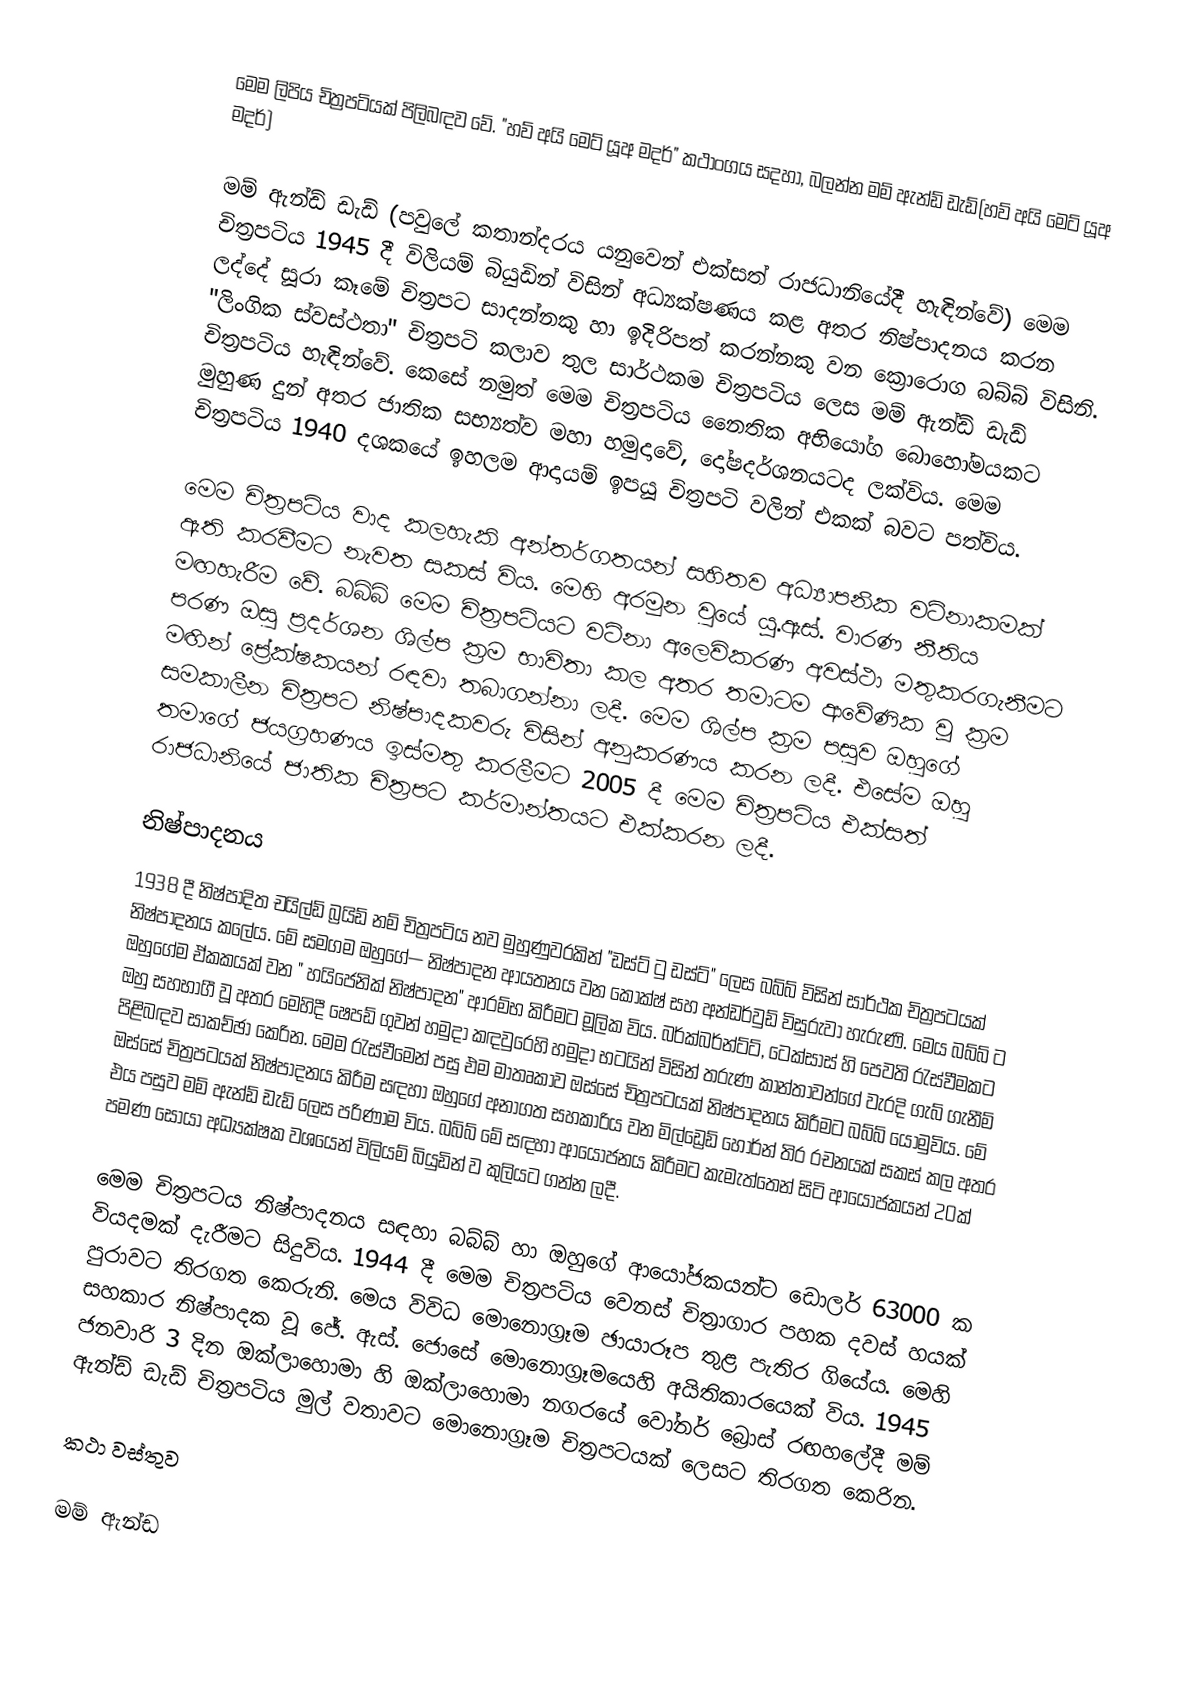
මෙම ලිපිය චිත්‍රපටියක් පිලිබඳව වේ. "හව් අයි මෙට් යූඅ මදර්" කථාංගය සදහා, බලන්න මම් ඇන්ඩ් ඩැඩ්(හව් අයි මෙට් යූඅ මදර්)

මම් ඇන්ඩ් ඩැඩ් (පවුලේ කතාන්දරය  යනුවෙන් එක්සත් රාජධානියේදී හැඳින්වේ) මෙම චිත්‍රපටිය 1945 දී  විලියම් බියුඩින් විසින් අධ්‍යක්ෂණය කළ අතර නිෂ්පාදනය කරන ලද්දේ  සූරා කෑමේ චිත්‍රපට සාදන්නකු හා ඉදිරිපත් කරන්නකු වන ක්‍රොරොග බබ්බ් විසිනි. "ලිංගික ස්වස්ථතා" චිත්‍රපටි කලාව තුල සාර්ථකම චිත්‍රපටිය ලෙස මම් ඇන්ඩ් ඩැඩ් චිත්‍රපටිය හැඳින්වේ. කෙසේ නමුත් මෙම චිත්‍රපටිය නෛතික අභියෝග බොහෝමයකට මුහුණ දුන් අතර ජාතික සභ්‍යත්ව මහා හමුදාවේ,  දෝෂදර්ශනයටද ලක්විය. මෙම චිත්‍රපටිය 1940 දශකයේ ඉහලම ආදායම් ඉපයූ චිත්‍රපටි වලින් එකක් බවට පත්විය.

මෙම චිත්‍රපටිය වාද කලහැකි අන්තර්ගතයන් සහිතව අධ්‍යාපනික වටිනාකමක් ඇති කරවීමට 	නැවත සකස් විය. මෙහි අරමුන වුයේ යූ.ඇස්. වාරණ නීතිය මඟහැරීම වේ. බබ්බ් මෙම චිත්‍රපටියට වටිනා අලෙවිකරණ අවස්ථා මතුකරගැනීමට පරණ ඔසු ප්‍රදර්ශන ශිල්ප ක්‍රම භාවිතා කල අතර තමාටම ආවේණික වූ ක්‍රම මඟින් ප්‍රේක්ෂකයන් රඳවා තබාගන්නා ලදී. මෙම ශිල්ප ක්‍රම පසුව ඔහුගේ සමකාලීන චිත්‍රපට නිෂ්පාදකවරු විසින් අනුකරණය කරන ලදී. එසේම ඔහු තමාගේ ජයග්‍රහණය ඉස්මතු කරලීමට 2005 දී මෙම චිත්‍රපටිය එක්සත් රාජධානියේ ජාතික චිත්‍රපට කර්මාන්තයට එක්කරන ලදී.

නිෂ්පාදනය
1938 දී නිෂ්පාදිත චයිල්ඩ් බ්‍රයිඩ් නම් චිත්‍රපටිය නව මුහුණුවරකින් "ඩස්ට් ටු ඩස්ට්" ලෙස බබ්බ් විසින් සාර්ථක චිත්‍රපටයක් නිෂ්පාදනය කලේය. මේ සමගම ඔහුගේ— නිෂ්පාදන ආයතනය වන කොක්ෂ් සහ අන්ඩර්වුඩ් විසුරුවා හැරුණි. මෙය බබ්බ් ට ඔහුගේම ඒකකයක් වන " හයිජෙනික් නිෂ්පාදන"  ආරම්භ කිරීමට මූලික විය. බර්ක්බර්න්ට්ට්, ටෙක්සාස් හි පෙවති රැස්වීමකට ඔහු සහභාගී වූ අතර මෙහිදී ෂෙපඩ් ගුවන් හමුදා කඳවුරෙහි හමුදා භටයින් විසින් තරුණ කාන්තාවන්ගේ වැරදි ගැබ් ගැනීම් පිළිබඳව සාකච්ඡා කෙරින. මෙම රැස්වීමෙන් පසු එම මාතෘකාව   ඔස්සේ චිත්‍රපටයක් නිෂ්පාදනය කිරීමට බබ්බ් යොමුවිය. මේ ඔස්සේ චිත්‍රපටයක් නිෂ්පාදනය කිරීම සඳහා ඔහුගේ අනාගත සහකාරිය වන මිල්ඩ්‍රෙඩ් හෝර්න් තිර රචනයක් සකස් කල අතර එය පසුව මම් ඇන්ඩ් ඩැඩ් ලෙස පරිණාම විය. බබ්බ් මේ සඳහා ආයෝජනය කිරීමට කැමැත්තෙන් සිටි ආයෝජකයන් 20ක් පමණ සොයා අධ්‍යක්ෂක  වශයෙන් විලියම් බියුඩින් ව කුලියට ගන්න ලදී.

මෙම චිත්‍රපටය නිෂ්පාදනය සඳහා බබ්බ් හා ඔහුගේ ආයෝජකයන්ට ඩොලර් 63000  ක වියදමක් දැරීමට සිදුවිය. 1944 දී  මෙම චිත්‍රපටිය වෙනස් චිත්‍රාගාර පහක දවස් හයක් පුරාවට තිරගත කෙරුනි. මෙය විවිධ මොනොග්‍රෑම ඡායාරූප තුළ පැතිර ගියේය. මෙහි සහකාර නිෂ්පාදක වූ ජේ. ඇස්. ජොසේ මොනොග්‍රෑමයෙහි අයිතිකාරයෙක් විය. 1945 ජනවාරි 3 දින ඔක්ලාහොමා හි ඔක්ලාහොමා නගරයේ වෝනර් බ්‍රොස් රඟහලේදී  මම් ඇන්ඩ් ඩැඩ් චිත්‍රපටිය මුල් වතාවට මොනොග්‍රෑම චිත්‍රපටයක් ලෙසට තිරගත කෙරින.

කථා වස්තුව

මම් ඇන්ඩ